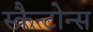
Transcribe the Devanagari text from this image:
स्क्रैन्टोन्स